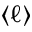
\langle \ell \rangle